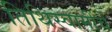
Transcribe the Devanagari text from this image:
तिथिस्वामींचे